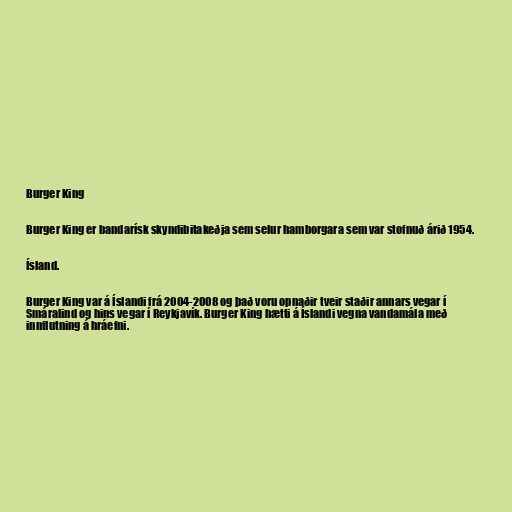
Burger King

Burger King er bandarísk skyndibitakeðja sem selur hamborgara sem var stofnuð árið 1954.

Ísland.

Burger King var á Íslandi frá 2004-2008 og það voru opnaðir tveir staðir annars vegar í
Smáralind og hins vegar í Reykjavík. Burger King hætti á Íslandi vegna vandamála með
innflutning á hráefni.